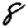
Digit: 8